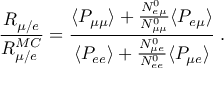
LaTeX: \frac { R _ { \mu / e } } { R _ { \mu / e } ^ { M C } } = \frac { \langle P _ { \mu \mu } \rangle + \frac { N _ { e \mu } ^ { 0 } } { N _ { \mu \mu } ^ { 0 } } \langle P _ { e \mu } \rangle } { \langle P _ { e e } \rangle + \frac { N _ { \mu e } ^ { 0 } } { N _ { e e } ^ { 0 } } \langle P _ { \mu e } \rangle } \; .